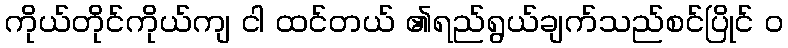
ကိုယ်တိုင်ကိုယ်ကျ ငါ ထင်တယ် ၏ရည်ရွယ်ချက်သည်စင်ပြိုင် ၀